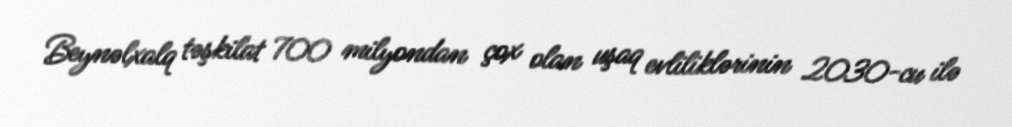
Beynəlxalq təşkilat 700 milyondan çox olan uşaq evliliklərinin 2030-cu ilə